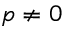
p \neq 0